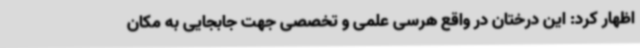
اظهار کرد: این درختان در واقع هرسی علمی و تخصصی جهت جابجایی به مکان